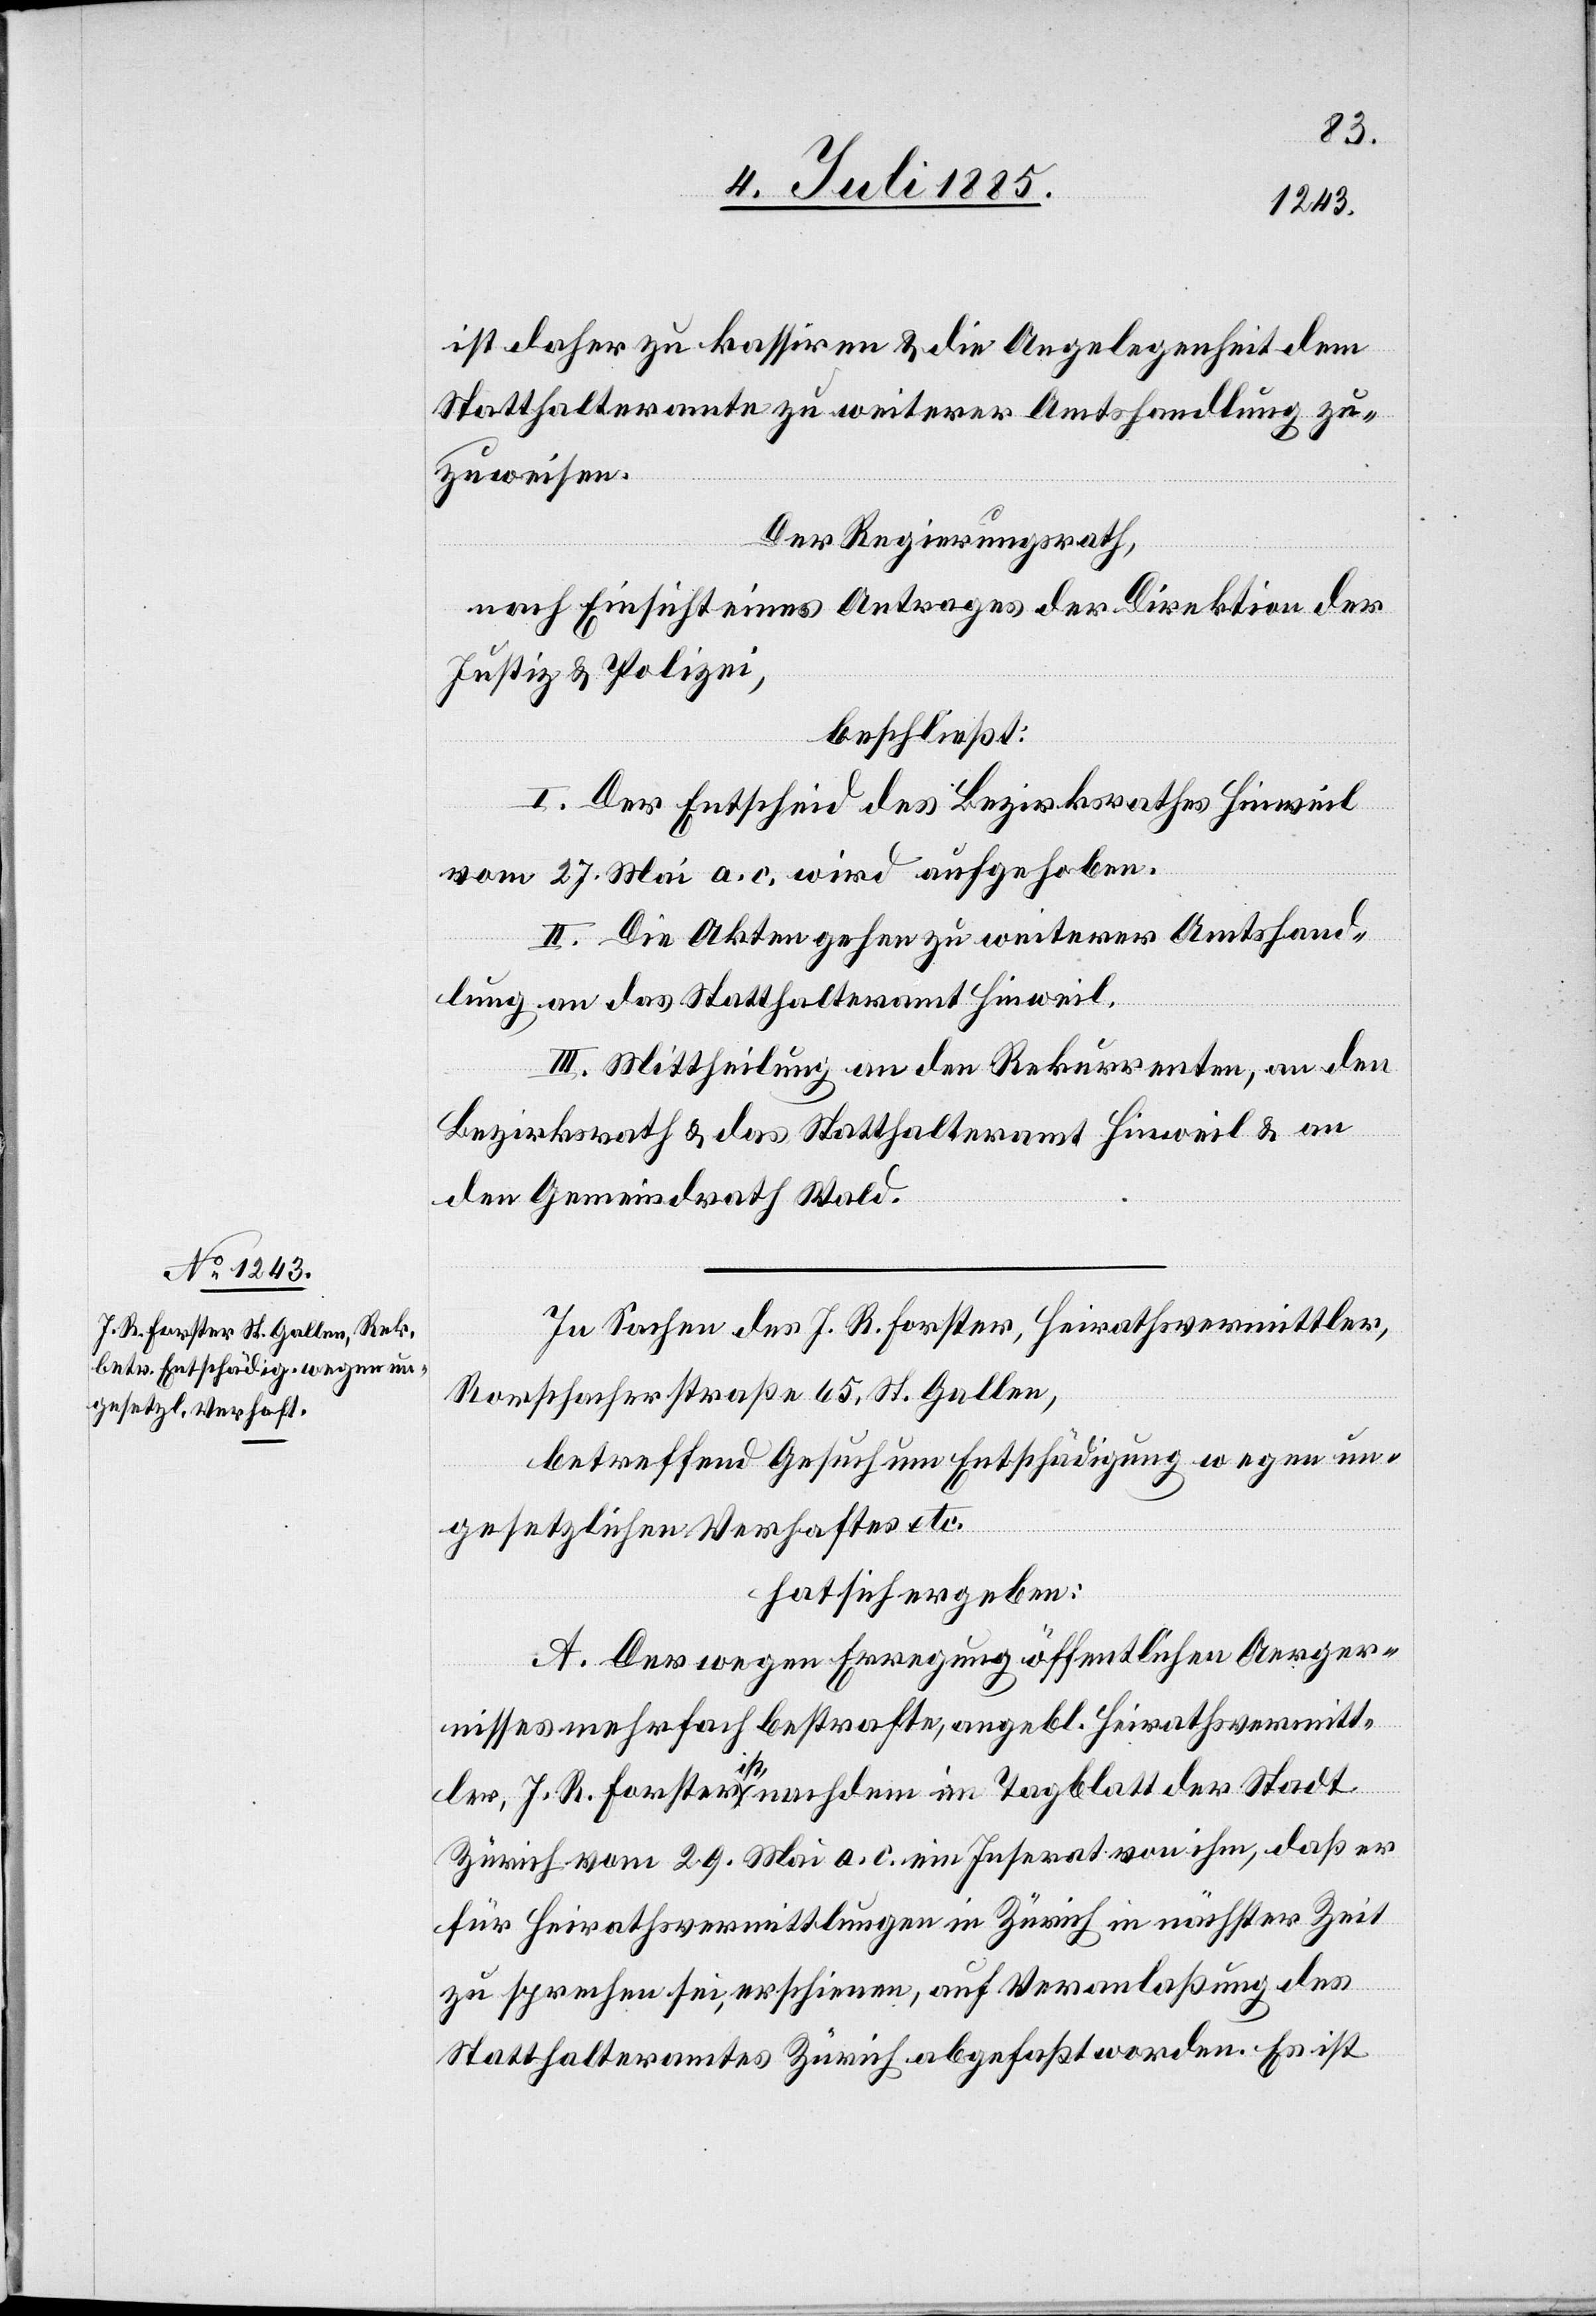
In Sachen des J. R. Forster, Heirathsvermittler,
Rorschacherstraße 65, St. Gallen,
betreffend Gesuch um Entschädigung wegen un¬
gesetzlichen Verhaftes etc.
hat sich ergeben:
A. Der wegen Erregung öffentlichen Aerger¬
nisses mehrfach bestrafte, angebl. Heirathsvermitt¬
ler, J. R. Forster ist, nachdem im Tagblatt der Stadt
Zürich vom 29. Mai a. c. ein Inserat von ihm, daß er
für Heirathsvermittlungen in Zürich in nächster Zeit
zu sprechen sei, erschienen, auf Veranlaßung des
Statthalteramtes Zürich abgefaßt worden. Es ist